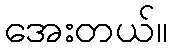
အေးတယ်။